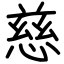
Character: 慈